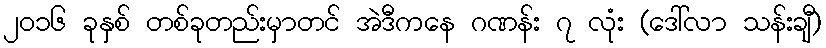
၂၀၁၆ ခုနှစ် တစ်ခုတည်းမှာတင် အဲဒီကနေ ဂဏန်း ၇ လုံး (ဒေါ်လာ သန်းချီ)